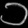
Digit: ၁